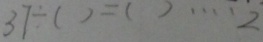
3 7 \div ( ) = ( ) \cdots 2